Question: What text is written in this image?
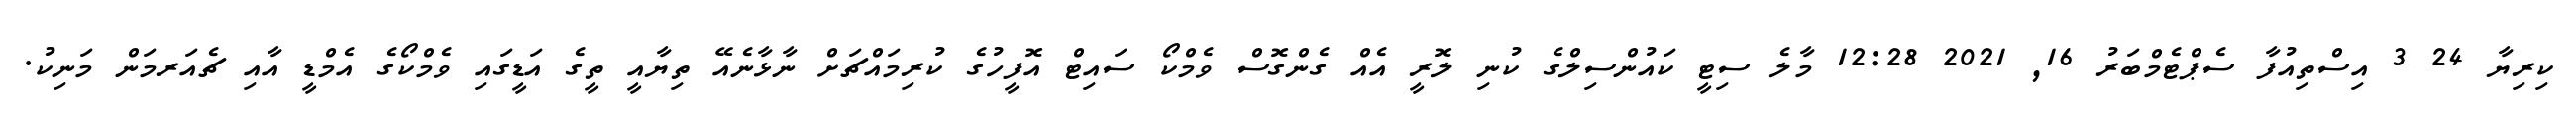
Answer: ކިރިޔާ 24 3 އިސްތިއުފާ ސެޕްޓެމްބަރު 16, 2021 12:28 މާލެ ސިޓީ ކައުންސިލްގެ ކުނި ލޮރީ އެއް ގެންގޮސް ވެމްކޯ ސައިޓް އޮފީހުގެ ކުރިމައްޗަށް ނާޅާނެއޭ ތިޔާއީ ތީގެ އަޑީގައި ވެމްކޯގެ އެމްޑީ އާއި ޗެއަރމަން މަނިކު.